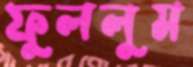
ফুললুম